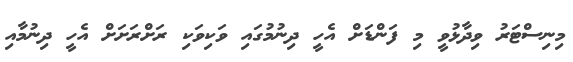
މިނިސްޓަރު ވިދާޅުވީ މި ފަންޑަށް އެހީ ދިނުމުގައި ވަކިވަކި ރަށްރަށަށް އެހީ ދިނުމާއި